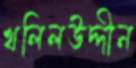
খলিলউদ্দীন